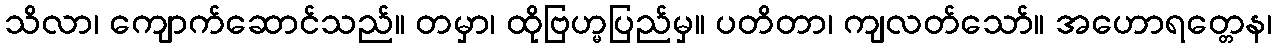
သိလာ၊ ကျောက်ဆောင်သည်။ တမှာ၊ ထိုဗြဟ္မပြည်မှ။ ပတိတာ၊ ကျလတ်သော်။ အဟောရတ္တေန၊